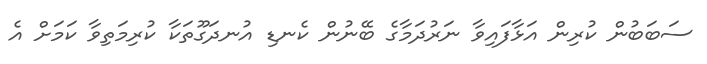
ސަބަބުން ކުރިން އަޅާފައިވާ ނަރުދަމާގެ ބޭނުން ކެނޑި އުނދަގޫތަކާ ކުރިމަތިވާ ކަމަށް އެ